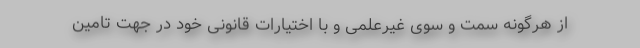
از هرگونه سمت و سوی غیرعلمی و با اختیارات قانونی خود در جهت تامین